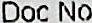
DOC NO.